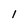
Character: l